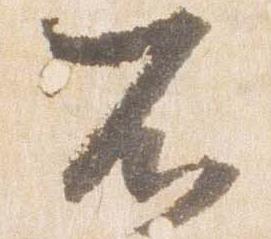
不